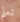
تعلم